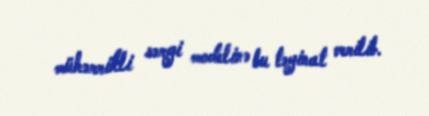
mühərrikli sərgi modelinə bu təyinat verilib.